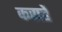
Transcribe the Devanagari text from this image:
कराहें